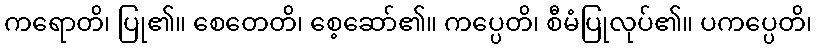
ကရောတိ၊ ပြု၏။ စေတေတိ၊ စေ့ဆော်၏။ ကပ္ပေတိ၊ စီမံပြုလုပ်၏။ ပကပ္ပေတိ၊